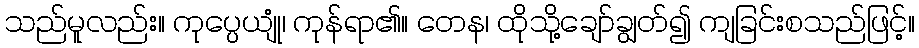
သည်မူလည်း။ ကုပ္ပေယျုံ၊ ကုန်ရာ၏။ တေန၊ ထိုသို့ချော်ချွတ်၍ ကျခြင်းစသည်ဖြင့်။